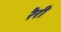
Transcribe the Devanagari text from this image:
रैरी